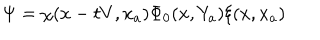
\Psi = \chi ( x - t V , x _ { a } ) \Phi _ { 0 } ( x , Y _ { a } ) \xi ( x , x _ { a } )